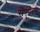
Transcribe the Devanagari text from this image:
सेम्पल्स